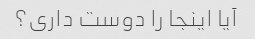
آیا اینجا را دوست داری؟